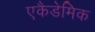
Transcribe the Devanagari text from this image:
एकैडेमिक